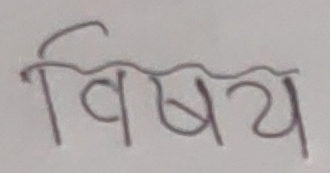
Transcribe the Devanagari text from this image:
विषय